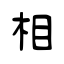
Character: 相